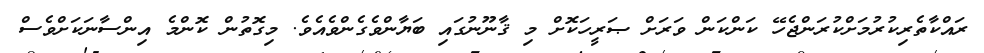
ރައްކާތެރިކުރުމަށްކުރަންޖެހޭ ކަންކަން ވަރަށް ޞަރީހަކޮށް މި ޤާނޫނުގައި ބަޔާންވެގެންވެއެވެ. މިގޮތުން ކޮންމެ އިންސާނަކަށްވެސް